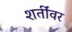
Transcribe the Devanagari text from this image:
शर्तींवर